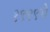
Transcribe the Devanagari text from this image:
१९९९चे